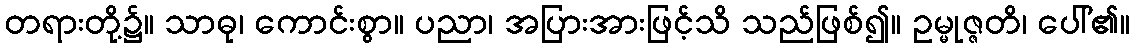
တရားတို့၌။ သာဓု၊ ကောင်းစွာ။ ပညာ၊ အပြားအားဖြင့်သိ သည်ဖြစ်၍။ ဥမ္မုဇ္ဇတိ၊ ပေါ်၏။